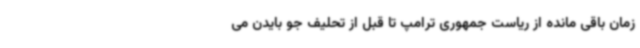
زمان باقی مانده از ریاست جمهوری ترامپ تا قبل از تحلیف جو بایدن می